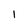
Character: I